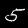
Digit: 5